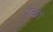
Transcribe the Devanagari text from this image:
मच्‍छरों